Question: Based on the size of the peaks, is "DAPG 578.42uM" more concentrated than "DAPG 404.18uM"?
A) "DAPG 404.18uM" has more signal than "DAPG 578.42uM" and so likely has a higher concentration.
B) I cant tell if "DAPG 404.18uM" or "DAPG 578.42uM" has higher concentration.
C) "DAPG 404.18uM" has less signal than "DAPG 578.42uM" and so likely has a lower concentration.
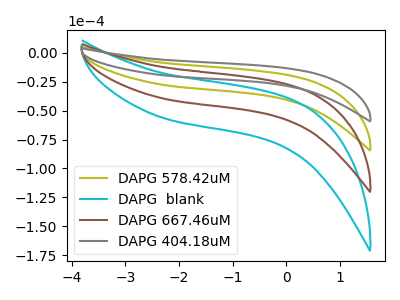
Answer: <think>The olive curve "DAPG 578.42uM" has no peaks. The cyan curve "DAPG  blank" has no peaks. The brown curve "DAPG 667.46uM" has no peaks. The gray curve "DAPG 404.18uM" has no peaks.
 Neither "DAPG 404.18uM" or "DAPG 578.42uM" have any peaks.</think>
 <answer>B) I cant tell if "DAPG 404.18uM" or "DAPG 578.42uM" has higher concentration.</answer>
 <eval>B</eval>